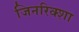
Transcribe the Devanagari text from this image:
जिनरिक्शा